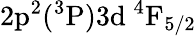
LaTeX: \mathrm{2p^{2}(^{3}P)3d~^{4}F_{5/2}}